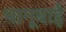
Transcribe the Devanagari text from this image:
भागूबाई